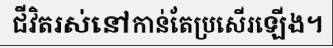
ជីវិតរស់នៅកាន់តែប្រសើរឡើង។